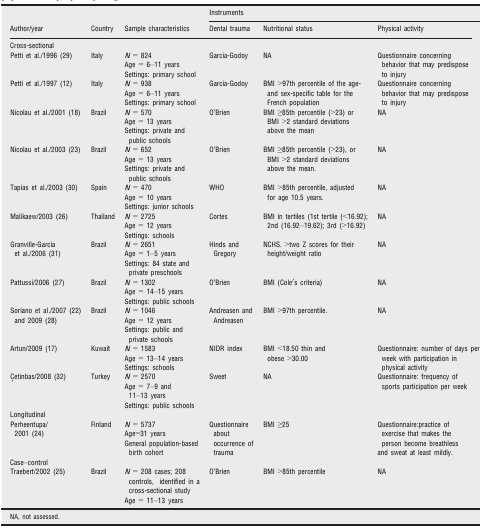
<table><thead><tr><td rowspan="2"><b>Author/year</b></td><td rowspan="2"><b>Country</b></td><td rowspan="2"><b>Sample characteristics</b></td><td colspan="3"><b>Instruments</b></td></tr><tr><td><b>Dental trauma</b></td><td><b>Nutritional status</b></td><td><b>Physical activity</b></td></tr></thead><tbody><tr><td colspan="6">Cross-sectional</td></tr><tr><td> Petti et al./1996 29</td><td>Italy</td><td><i>N </i>=<i> 824</i><i>Age = 6–11 years</i> Settings: primary school</td><td>Garcia-Godoy</td><td>NA</td><td>Questionnaire concerning behavior that may predispose to injury</td></tr><tr><td> Petti et al./1997 12</td><td>Italy</td><td><i>N </i>=<i> 938</i><i>Age = 6–11 years</i> Settings: primary school</td><td>Garcia-Godoy</td><td>BMI &gt;97th percentile of the age- and sex-specific table for the French population</td><td>Questionnaire concerning behavior that may predispose to injury</td></tr><tr><td> Nicolau et al./2001 18</td><td>Brazil</td><td><i>N </i>=<i> 570</i><i>Age = 13 years</i> Settings: private and public schools</td><td>O'Brien</td><td>BMI ≥85th percentile (&gt;23) or BMI &gt;2 standard deviations above the mean</td><td>NA</td></tr><tr><td> Nicolau et al./2003 23</td><td>Brazil</td><td><i>N </i>=<i> 652</i><i>Age = 13 years</i> Settings: private and public schools</td><td>O'Brien</td><td>BMI ≥85th percentile (&gt;23), or BMI &gt;2 standard deviations above the mean.</td><td>NA</td></tr><tr><td> Tapias et al./2003 30</td><td>Spain</td><td><i>N </i>=<i> 470</i><i>Age = 10 years</i> Settings: junior schools</td><td>WHO</td><td>BMI &gt;85th percentile, adjusted for age 10.5 years.</td><td>NA</td></tr><tr><td> Malikaew/2003 26</td><td>Thailand</td><td><i>N </i>=<i> 2725</i><i>Age = 12 years</i> Settings: schools</td><td>Cortes</td><td>BMI in tertiles (1st tertile (&lt;16.92); 2nd (16.92–19.62); 3rd (&gt;16.92))</td><td>NA</td></tr><tr><td> Granville-Garcia et al./2006 31</td><td>Brazil</td><td><i>N </i>=<i> 2651</i><i>Age = 1–5 years</i> Settings: 84 state and private preschools</td><td>Hinds and Gregory</td><td>NCHS. &gt;two Z scores for their height/weight ratio</td><td>NA</td></tr><tr><td> Pattussi/2006 27</td><td>Brazil</td><td><i>N </i>=<i> 1302</i><i>Age = 14–15 years</i> Settings: public schools</td><td>O'Brien</td><td>BMI (Cole′s criteria)</td><td>NA</td></tr><tr><td> Soriano et al./2007 22 and 2009 28</td><td>Brazil</td><td><i>N </i>=<i> 1046</i><i>Age = 12 years</i> Settings: public and private schools</td><td>Andreasen and Andreasen</td><td>BMI &gt;97th percentile.</td><td>NA</td></tr><tr><td> Artun/2009 17</td><td>Kuwait</td><td><i>N </i>=<i> 1583</i><i>Age = 13–14 years</i> Settings: schools</td><td>NIDR index</td><td>BMI &lt;18.50 thin and obese &gt;30.00</td><td>Questionnaire: number of days per week with participation in physical activity</td></tr><tr><td> Çetinbas/2008 32</td><td>Turkey</td><td><i>N </i>=<i> 2570</i><i>Age = 7–9 and 11–13 years</i> Settings: public schools</td><td>Sweet</td><td>NA</td><td>Questionnaire: frequency of sports participation per week</td></tr><tr><td colspan="6">Longitudinal</td></tr><tr><td> Perheentupa/ 2001 24</td><td>Finland</td><td><i>N </i>=<i> 5737</i><i>Age=31 years</i> General population-based birth cohort</td><td>Questionnaire about occurrence of trauma</td><td>BMI ≥25</td><td>Questionnaire:practice of exercise that makes the person become breathless and sweat at least mildly.</td></tr><tr><td colspan="6">Case–control</td></tr><tr><td> Traebert/2002 25</td><td>Brazil</td><td><i>N </i>=<i> 208 cases; 208 controls, identified in a cross-sectional study</i> Age = 11–13 years</td><td>O'Brien</td><td>BMI &gt;85th percentile</td><td>NA</td></tr></tbody></table>